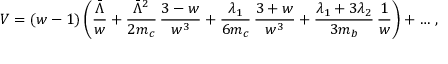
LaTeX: V = ( w - 1 ) \, \bigg ( { \frac { \bar { \Lambda } } { w } } + { \frac { \bar { \Lambda } ^ { 2 } } { 2 m _ { c } } } \, { \frac { 3 - w } { w ^ { 3 } } } + { \frac { \lambda _ { 1 } } { 6 m _ { c } } } \, { \frac { 3 + w } { w ^ { 3 } } } + { \frac { \lambda _ { 1 } + 3 \lambda _ { 2 } } { 3 m _ { b } } } \, { \frac { 1 } { w } } \bigg ) + \ldots \, ,